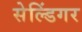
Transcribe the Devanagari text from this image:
सेल्डिंगर